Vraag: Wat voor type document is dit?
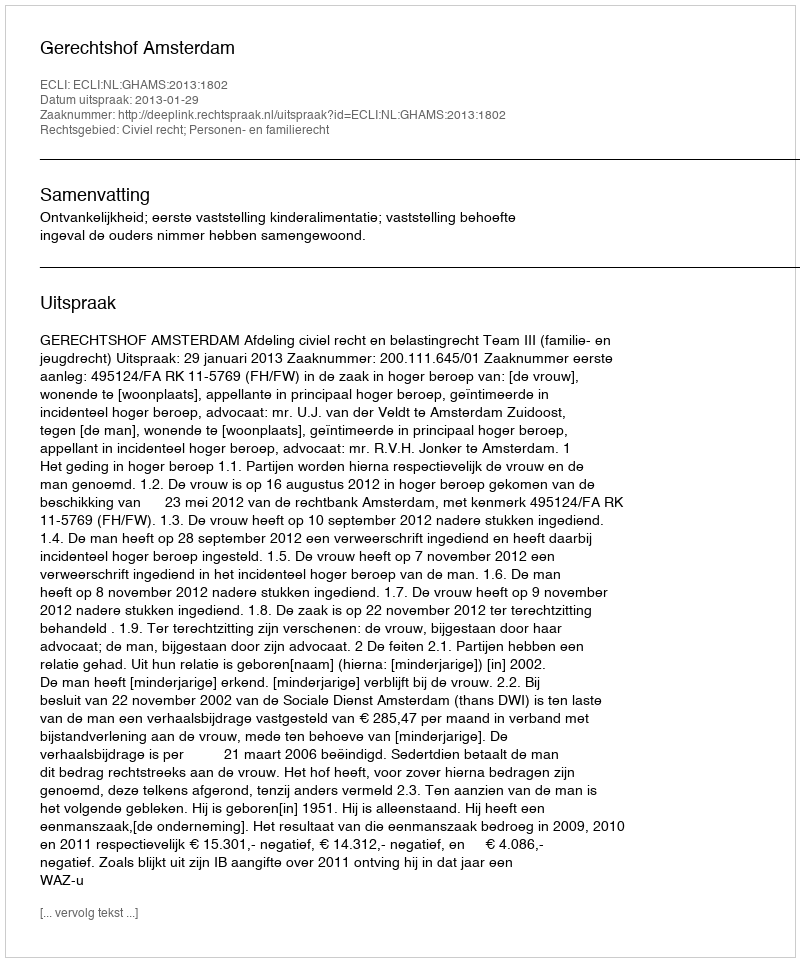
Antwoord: Uitspraak